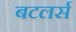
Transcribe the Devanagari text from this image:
बटलर्स